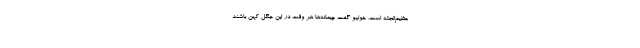
عظیم‌الجثه است. خولیو گفت چیمانه‌ها هر وقت در این جنگلِ کهن باشند